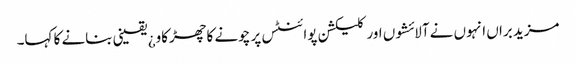
مزید براں انہوں نے آلائشوں اور کلیکشن پوائنٹس پر چونے کا چھڑکاو¿ یقینی بنانے کا کہا۔